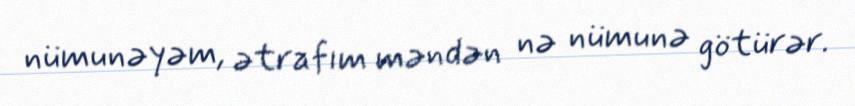
nümunəyəm, ətrafım məndən nə nümunə götürər.